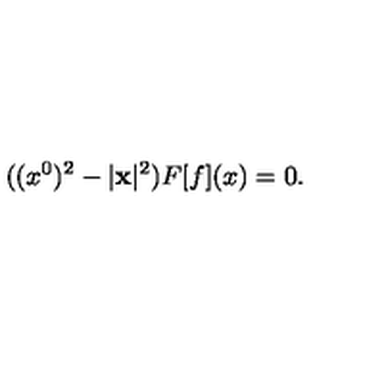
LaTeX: ( ( x ^ { 0 } ) ^ { 2 } - | { \bf x } | ^ { 2 } ) F [ f ] ( x ) = 0 .